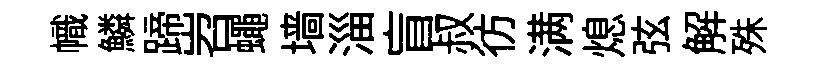
幟鱗蹄岧蠅墙淄盲叔彷满熄弦解殊